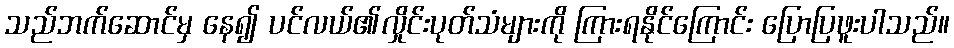
သည်ဘက်ဆောင်မှ နေ၍ ပင်လယ်၏လှိုင်းပုတ်သံများကို ကြားရနိုင်ကြောင်း ပြောပြဖူးပါသည်။